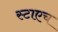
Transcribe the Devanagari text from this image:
स्टाएच